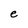
Character: e